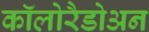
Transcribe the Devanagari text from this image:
कॉलोरैडोअन